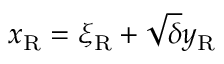
x _ { \mathrm { { R } } } = \xi _ { \mathrm { { R } } } + \sqrt { \delta } y _ { \mathrm { { R } } }